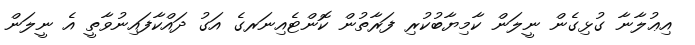
އިޢުލާނާ ގުޅިގެން ނީލަން ކާމިޔާބުކުރި ފަރާތުން ކޮންޓެއިނަރގެ އަގު ދައްކާފައިނުވާތީ އެ ނީލަން